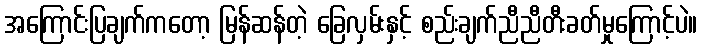
အကြောင်းပြချက်ကတော့ မြန်ဆန်တဲ့ ခြေလှမ်းနှင့် စည်းချက်ညီညီတီးခတ်မှုကြောင့်ပဲ။